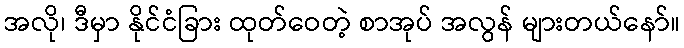
အလို၊ ဒီမှာ နိုင်ငံခြား ထုတ်ဝေတဲ့ စာအုပ် အလွန် များတယ်နော်။